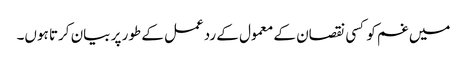
میں غم کو کسی نقصان کے معمول کے ردعمل کے طور پر بیان کرتا ہوں۔